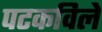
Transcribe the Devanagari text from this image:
पटकविले